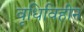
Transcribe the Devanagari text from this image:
वृधिविहीन